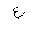
Letter: _ayn